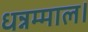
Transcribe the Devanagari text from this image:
धन्नम्माल।